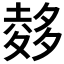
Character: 𪤽